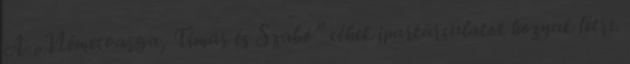
A „Németvarga, Tímár és Szabó” céhek ipartársulatot hoznak létre.